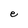
Character: e